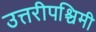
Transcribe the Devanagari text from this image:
उत्तरीपश्चिमी